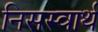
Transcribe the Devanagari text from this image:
निसस्वार्थ